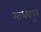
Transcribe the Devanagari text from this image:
माधवपूर